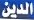
الدين